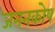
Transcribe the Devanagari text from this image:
जननकोष